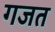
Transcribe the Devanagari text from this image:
गजत